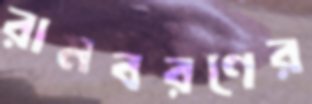
রামবরণের